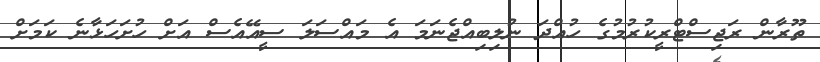
ތޫރާން ރަޖިސްޓްރީކުރުމުގެ ހުއްދަ ނުލިބިއްޖެނަމަ އެ މައްސަަލަ ސީއޭއެސް އަށް ހުށަހަޅާނެ ކަމަށް